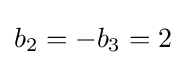
b_{2}=-b_{3}=2